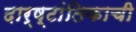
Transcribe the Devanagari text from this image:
दार्ष्टांतिकाची